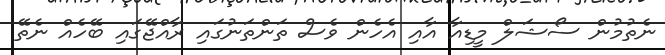
ނެތުމުން ސޯޝަލް މީޑިއާ އާއި އެހެން ވެސް ތަންތަނުގައި ރާއްޖޭގައި ބޭހެއް ނެތޭ